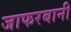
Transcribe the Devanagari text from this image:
जाफरबानी